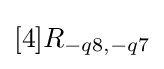
[4]R_{-q8,-q7}